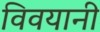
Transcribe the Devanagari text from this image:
विवयानी